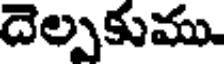
దెల్పకుము.